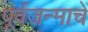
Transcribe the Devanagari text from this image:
पूर्वजन्माचें